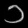
Digit: ၁